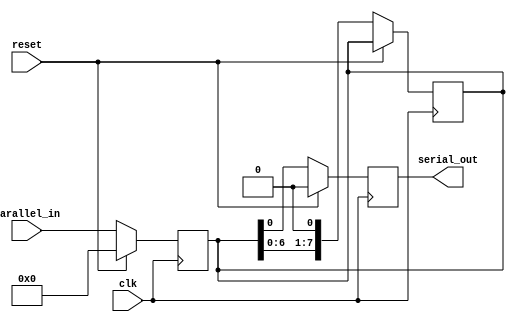
module ParallelInSerialOut (
    input wire clk,
    input wire reset,
    input wire [7:0] parallel_in,
    output reg serial_out
);

reg [7:0] data_reg;

always @(posedge clk) begin
    if (reset) begin
        data_reg <= 8'b0;
    end else begin
        data_reg <= parallel_in;
    end
end

always @(posedge clk) begin
    if (reset) begin
        serial_out <= 1'b0;
    end else begin
        serial_out <= data_reg[0];
        data_reg <= {data_reg[6:0], 1'b0};
    end
end

endmodule